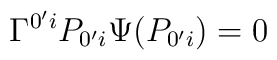
\Gamma ^{0^{\prime }i}P_{0^{\prime }i}\Psi (P_{0^{\prime }i})=0